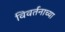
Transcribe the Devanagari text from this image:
विवर्तनाच्या